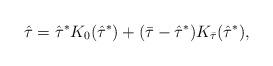
LaTeX: \begin{align*} \hat{\tau} = \hat{\tau}^*K_0(\hat{\tau}^*) + (\bar{\tau} - \hat{\tau}^*) K_{\bar{\tau}}(\hat{\tau}^*),\end{align*}